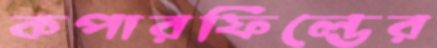
কপারফিল্ডের